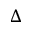
\Delta